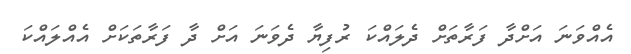
އެއްވަނަ އަށްދާ ފަރާތަށް ދެލައްކަ ރުފިޔާ ދެވަނަ އަށް ދާ ފަރާތަކަށް އެއްލައްކަ